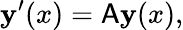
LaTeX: \mathbf{y}^{\prime}(x)=\mathsf{A}\mathbf{y}(x),